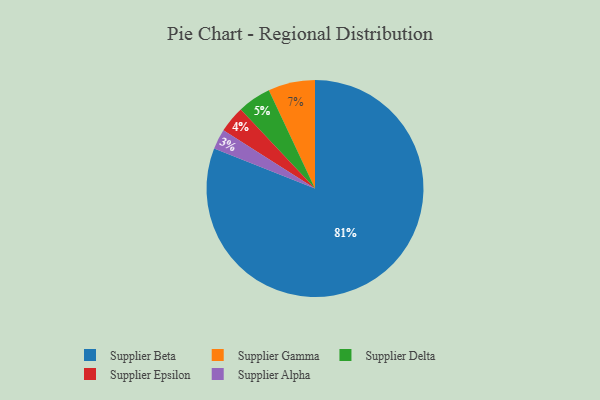
{"axis": {"x": "Category", "y": "Percentage"}, "legend": ["Supplier Alpha", "Supplier Beta", "Supplier Delta", "Supplier Epsilon", "Supplier Gamma"], "data": [{"x": "Supplier Beta", "y": 81, "type": "Supplier Beta"}, {"x": "Supplier Delta", "y": 5, "type": "Supplier Delta"}, {"x": "Supplier Alpha", "y": 3, "type": "Supplier Alpha"}, {"x": "Supplier Epsilon", "y": 4, "type": "Supplier Epsilon"}, {"x": "Supplier Gamma", "y": 7, "type": "Supplier Gamma"}]}